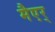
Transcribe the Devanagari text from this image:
मैएर्